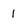
Character: l